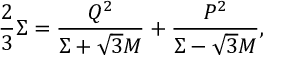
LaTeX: \frac { 2 } { 3 } \Sigma = \frac { Q ^ { 2 } } { \Sigma + \sqrt { 3 } M } + \frac { P ^ { 2 } } { \Sigma - \sqrt { 3 } M } ,